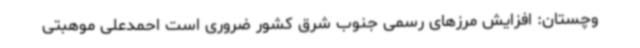
وچستان: افزایش مرزهای رسمی جنوب شرق کشور ضروری است احمدعلی موهبتی